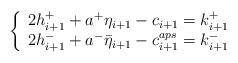
LaTeX: \begin{align*}\left\{ \begin{array}{ccc}2h^+_{i+1}+a^+\eta_{i+1}-c_{i+1}=k^+_{i+1}\\2h^-_{i+1}+a^-\bar{\eta}_{i+1}-c_{i+1}^{aps}=k^-_{i+1}\end{array} \right.\end{align*}